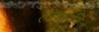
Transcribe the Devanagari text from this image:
होण्याचि